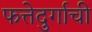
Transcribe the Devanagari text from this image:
फत्तेदुर्गाची